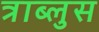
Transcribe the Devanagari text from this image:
त्राब्लुस